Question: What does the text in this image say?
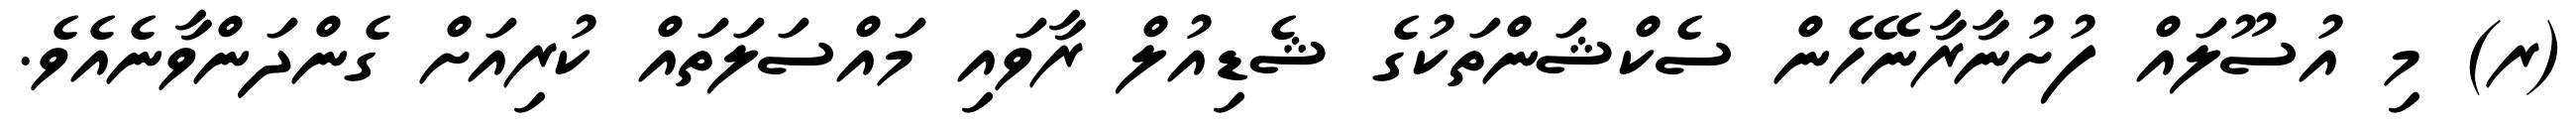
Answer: (ރ) މި އުސޫލައް ފުށުނާރާނޭހެން ސެކްޝަންތަކުގެ ޝެޑިއުލް ރާވައި މައްސަލަތައް ކުރިއަށް ގެންދަންވާނެއެވެ.